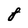
Character: 8